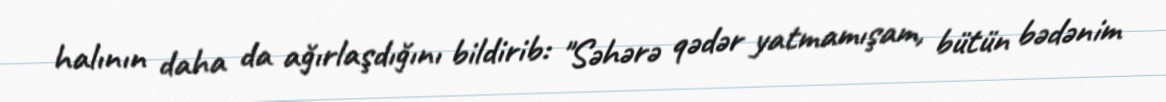
halının daha da ağırlaşdığını bildirib: "Səhərə qədər yatmamışam, bütün bədənim